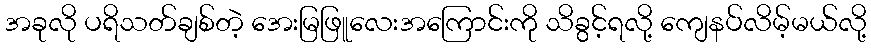
အခုလို ပရိသတ်ချစ်တဲ့ အေးမြဖြူလေးအကြောင်းကို သိခွင့်ရလို့ ကျေနပ်လိမ့်မယ်လို့